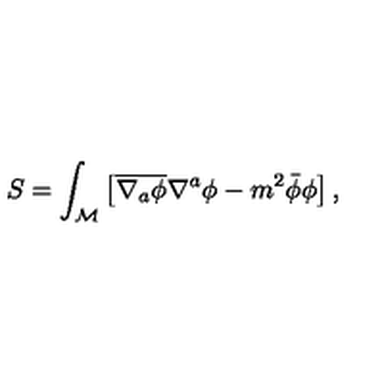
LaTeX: S = \int _ { \mathcal M } \left[ \overline { { \nabla _ { a } \phi } } \nabla ^ { a } \phi - m ^ { 2 } \bar { \phi } \phi \right] ,